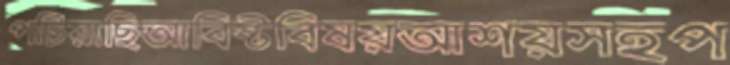
পটিয়াছিআবিষ্টবিষয়আশয়সহপ